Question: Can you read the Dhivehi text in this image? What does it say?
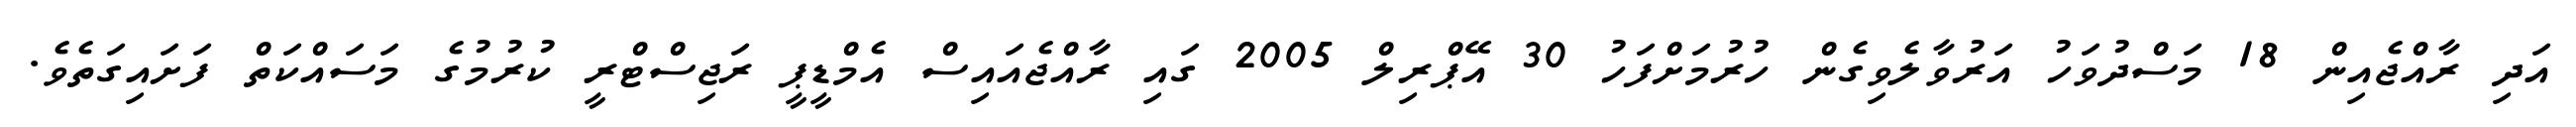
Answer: އަދި ރާއްޖެއިން 18 މަސްދުވަހު އަރުވާލެވިގެން ހުރުމަށްފަހު 30 އޭޕްރިލް 2005 ގައި ރާއްޖެއައިސް އެމްޑީޕީ ރަޖިސްޓްރީ ކުރުމުގެ މަސައްކަތް ފަށައިގަތެވެ.